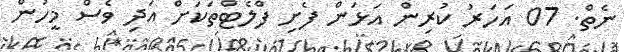
ނެތް. 07 އަހަރު ކުރިން އަޅަން ފެށި ފްލެޓްތަކަށް އަދި ވެސް މީހުން